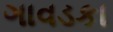
ગાવડકા